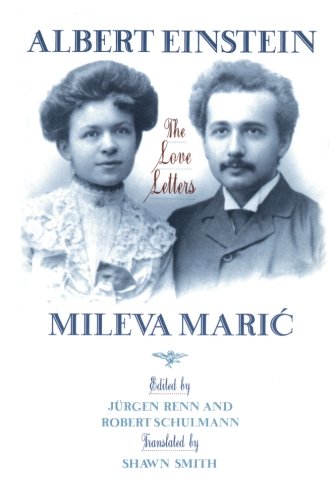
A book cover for Albert Einstein/Mileva Maric: The Love Letters; Albert Einstein; Biographies & Memoirs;